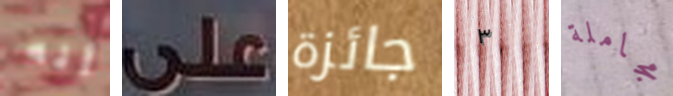
أنه على جائزة ٣ مجاملة